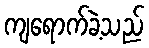
ကျရောက်ခဲ့သည်